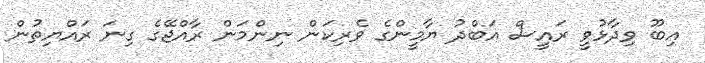
އިބޫ ވިދާޅުވީ ރައީސް އަބްދު ޔާމީންގެ ވެރިކަން ނިންމަން ރާއްޖޭގެ ގިނަ ރައްޔިތުން